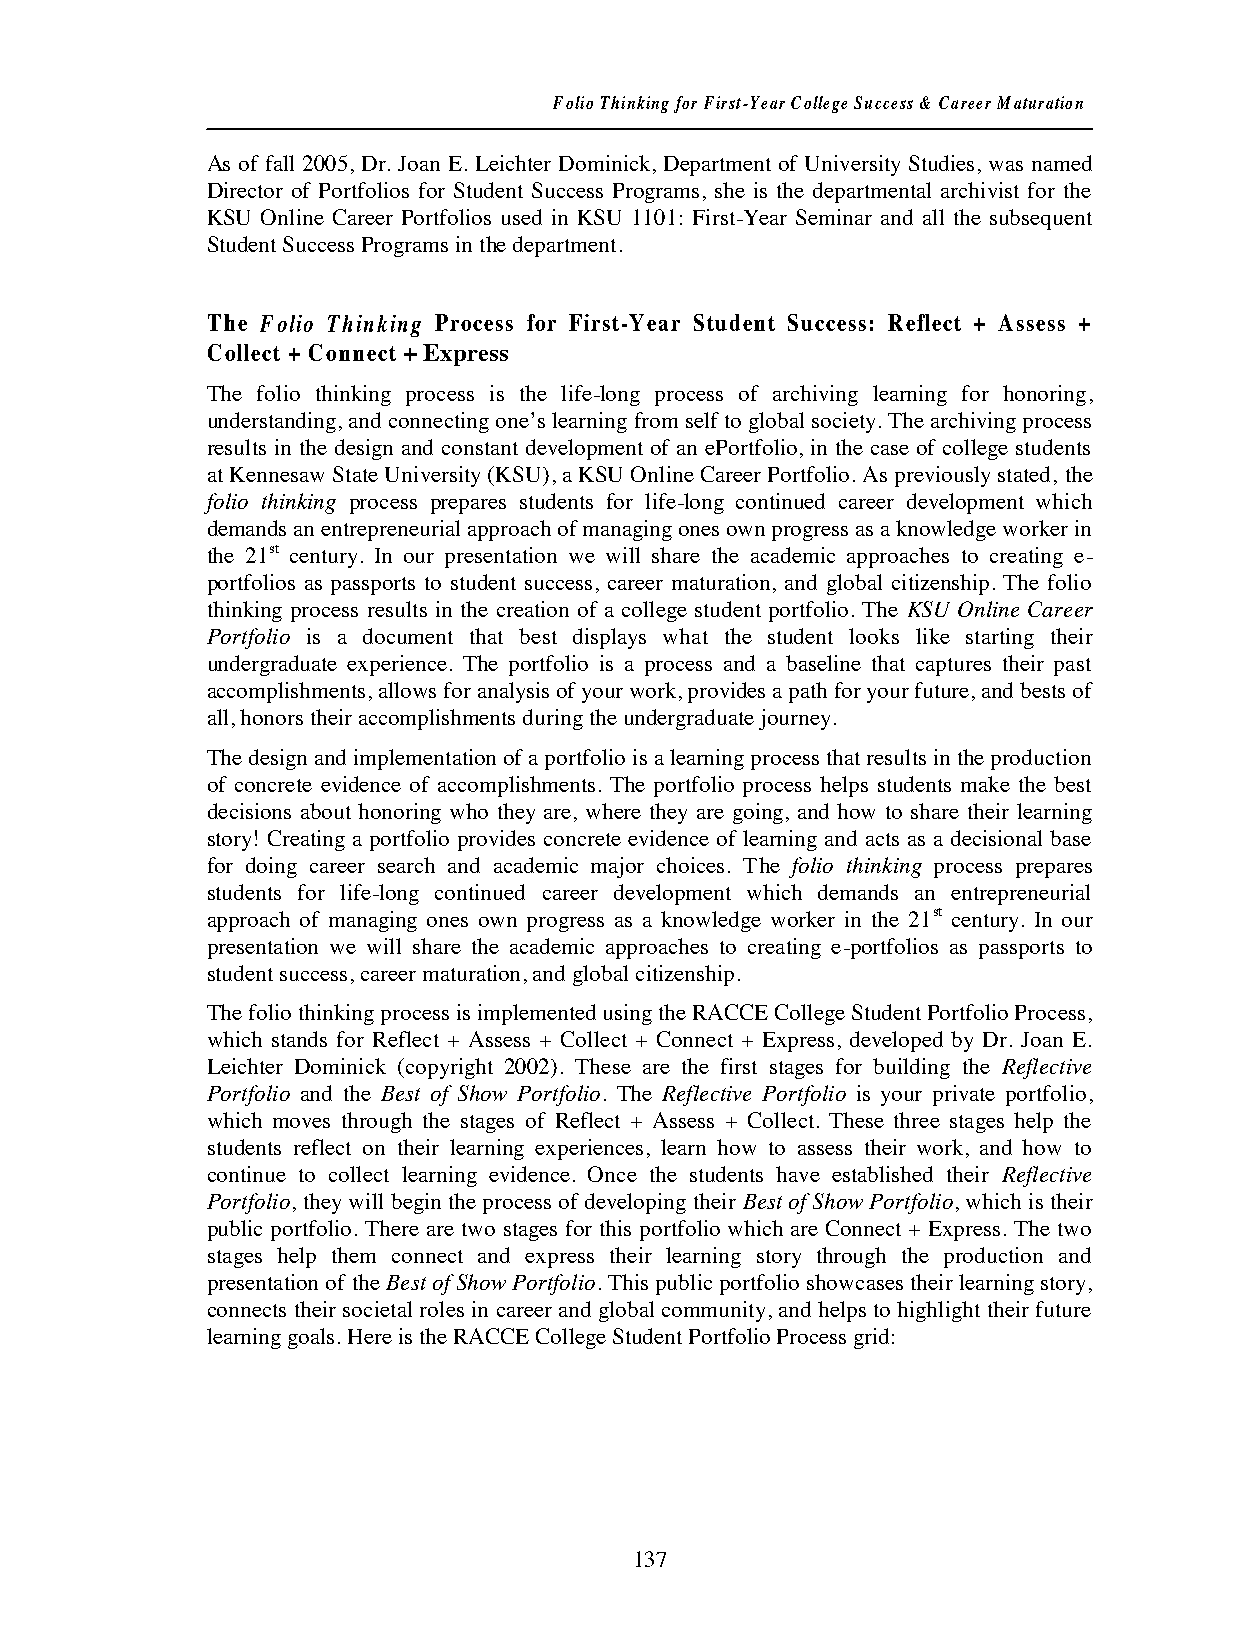
Folio Thinking for First-Year College Success & Career Maturation
 As of fall 2005, Dr. Joan E. Leichter Dominick, Department of University Studies, was named
 Director of Portfolios for Student Success Programs, she is the departmental archivist for the
 KSU Online Career Portfolios used in KSU 1101: First-Year Seminar and all the subsequent
 Student Success Programs in the department.
 The Folio Thinking Process for First-Year Student Success: Reflect + Assess +
 Collect + Connect + Express
 The folio thinking process is the life-long process of archiving learning for honoring,
 understanding, and connecting one’s learning from self to global society. The archiving process
 results in the design and constant development of an ePortfolio, in the case of college students
 at Kennesaw State University (KSU), a KSU Online Career Portfolio. As previously stated, the
 folio thinking process prepares students for life-long continued career development which
 demands an entrepreneurial approach of managing ones own progress as a knowledge worker in
 the 21st century. In our presentation we will share the academic approaches to creating e-
 portfolios as passports to student success, career maturation, and global citizenship. The folio
 thinking process results in the creation of a college student portfolio. The KSU Online Career
 Portfolio is a document that best displays what the student looks like starting their
 undergraduate experience. The portfolio is a process and a baseline that captures their past
 accomplishments, allows for analysis of your work, provides a path for your future, and bests of
 all, honors their accomplishments during the undergraduate journey.
 The design and implementation of a portfolio is a learning process that results in the production
 of concrete evidence of accomplishments. The portfolio process helps students make the best
 decisions about honoring who they are, where they are going, and how to share their learning
 story! Creating a portfolio provides concrete evidence of learning and acts as a decisional base
 for doing career search and academic major choices. The folio thinking process prepares
 students for life-long continued career development which demands an entrepreneurial
 approach of managing ones own progress as a knowledge worker in the 21st century. In our
 presentation we will share the academic approaches to creating e-portfolios as passports to
 student success, career maturation, and global citizenship.
 The folio thinking process is implemented using the RACCE College Student Portfolio Process,
 which stands for Reflect + Assess + Collect + Connect + Express, developed by Dr. Joan E.
 Leichter Dominick (copyright 2002). These are the first stages for building the Reflective
 Portfolio and the Best of Show Portfolio. The Reflective Portfolio is your private portfolio,
 which moves through the stages of Reflect + Assess + Collect. These three stages help the
 students reflect on their learning experiences, learn how to assess their work, and how to
 continue to collect learning evidence. Once the students have established their Reflective
 Portfolio, they will begin the process of developing their Best of Show Portfolio, which is their
 public portfolio. There are two stages for this portfolio which are Connect + Express. The two
 stages help them connect and express their learning story through the production and
 presentation of the Best of Show Portfolio. This public portfolio showcases their learning story,
 connects their societal roles in career and global community, and helps to highlight their future
 learning goals. Here is the RACCE College Student Portfolio Process grid:
 137